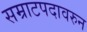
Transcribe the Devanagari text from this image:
सम्राटपदावरुन